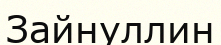
Зайнуллин